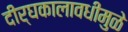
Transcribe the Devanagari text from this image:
दीर्घकालावधीमुळे